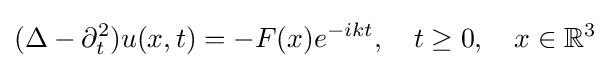
(\Delta -\partial _{t}^{2})u(x,t)=-F(x)e^{-ikt},\quad t\geq 0,\quad x\in \mathbb {R} ^{3}